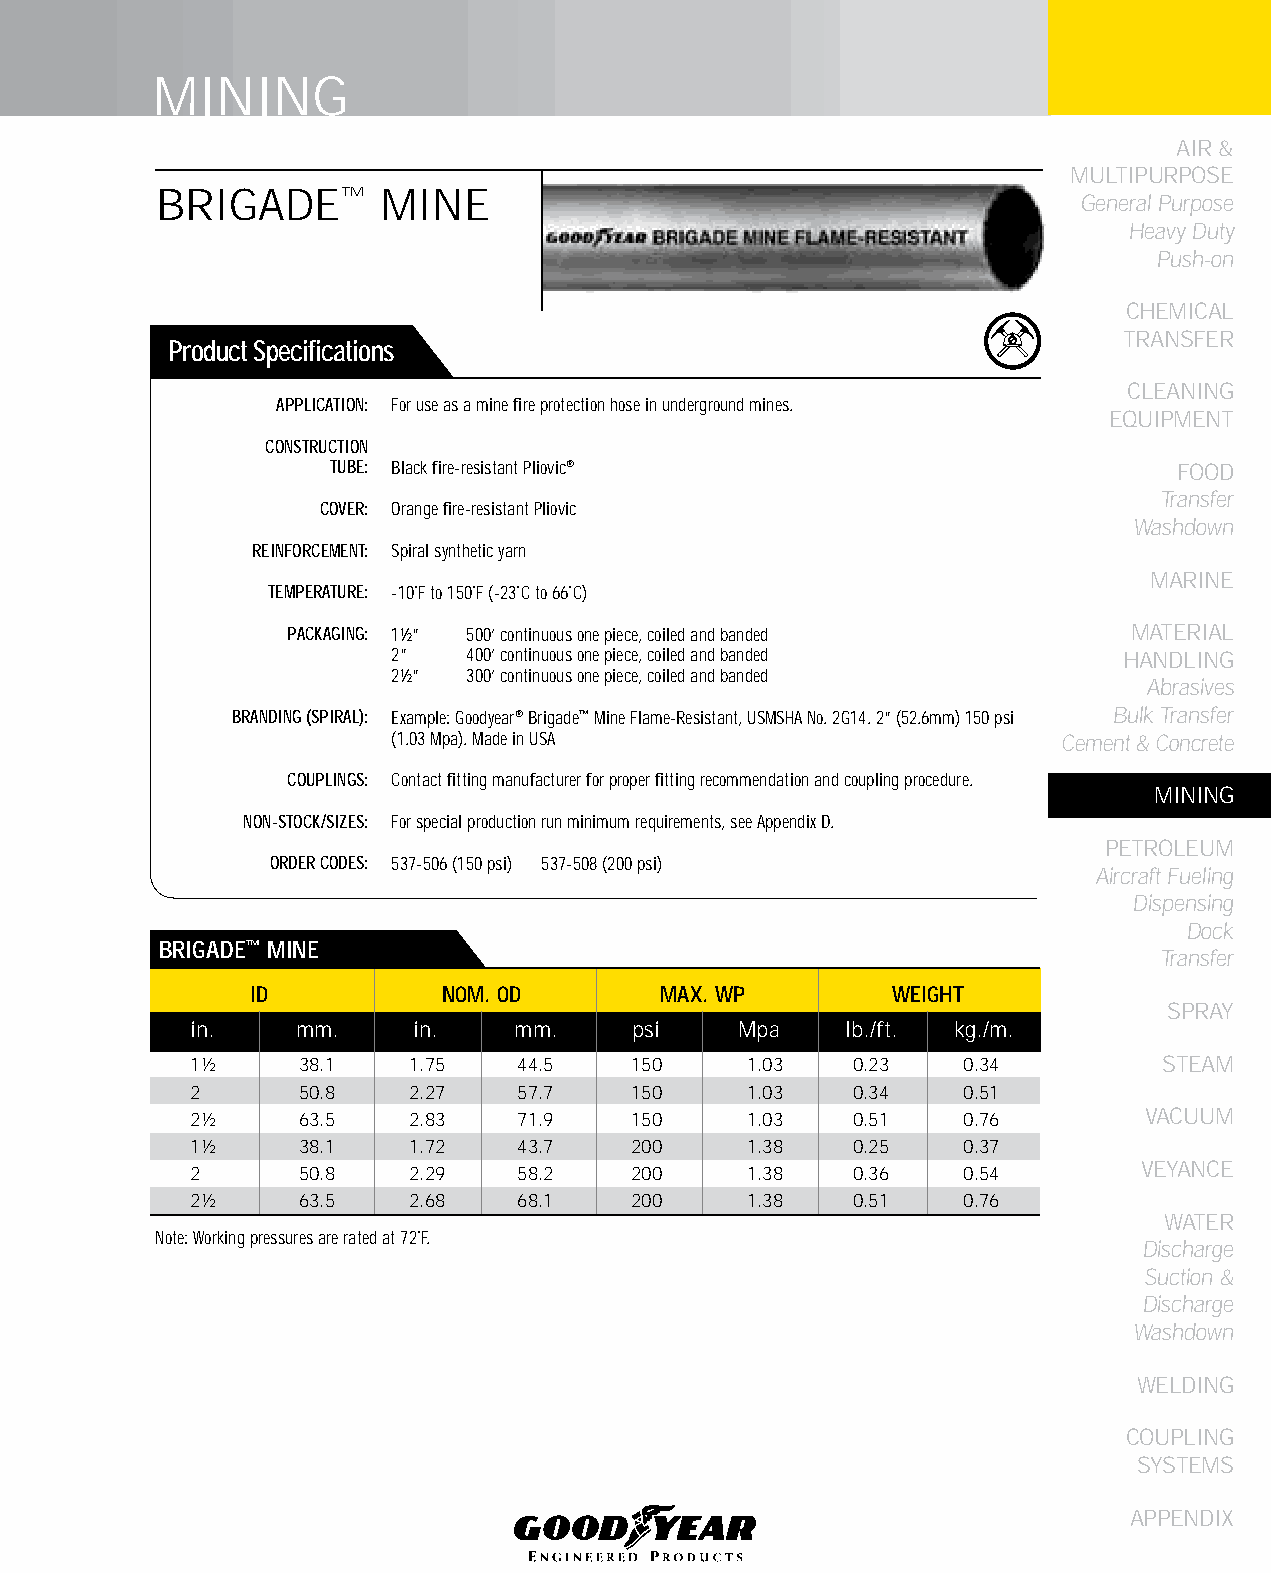
MINING
 AIR &
 MULTIPURPOSE
 BRIGADE™       MINE
 General Purpose
 Heavy Duty
 Push-on
 CHEMICAL
 TRANSFER
 Product Specifications
 CLEANING
 APPLICATION: For use as a mine fire protection hose in underground mines.
 EqUIPMENT
 CONSTRUCTION
 TUBE: Black fire-resistant Pliovic®                     FOOD
 Transfer
 COVER: Orange fire-resistant Pliovic
 Washdown
 REINFORCEMENT: Spiral synthetic yarn
 MARINE
 TEMPERATURE: -10˚F to 150˚F (-23˚C to 66˚C)
 PACKAGING: 1½” 500’ continuous one piece, coiled and banded MATERIAL
 2”   400’ continuous one piece, coiled and banded HANDLING
 2½”  300’ continuous one piece, coiled and banded
 Abrasives
 BRANDING (SPIRAL): Example: Goodyear® Brigade™ Mine Flame-Resistant, USMSHA No. 2G14. 2” (52.6mm) 150 psi Bulk Transfer
 (1.03 Mpa). Made in USA                     Cement & Concrete
 COUPLINGS: Contact fitting manufacturer for proper fitting recommendation and coupling procedure.
 MINING
 NON-STOCK/SIZES: For special production run minimum requirements, see Appendix D.
 PETROLEUM
 ORDER CODES: 537-506 (150 psi) 537-508 (200 psi)
 Aircraft Fueling
 Dispensing
 Dock
 bRIGADE™ MINE
 Transfer
 ID          NOM. OD        MAX. WP        WEIGHT
 SPRAY
 in.    mm.    in.    mm.     psi    Mpa    lb./ft. kg./m.
 1½     38.1   1.75   44.5    150     1.03   0.23   0.34         STEAM
 2      50.8   2.27   57.7    150     1.03   0.34   0.51
 2½     63.5   2.83   71.9    150     1.03   0.51   0.76        VACUUM
 1½     38.1   1.72   43.7    200     1.38   0.25   0.37
 2      50.8   2.29   58.2    200     1.38   0.36   0.54        VEYANCE
 2½     63.5   2.68   68.1    200     1.38   0.51   0.76
 WATER
 Note: Working pressures are rated at 72˚F.
 Discharge
 Suction &
 Discharge
 Washdown
 WELDING
 COUPLING
 SYSTEMS
 APPENDIX
 137